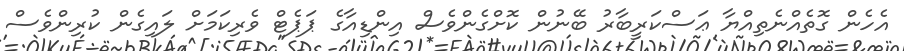
އެހެން ގޮތެއްނެތިއްޔާ ޢަސްކަރީބާރު ބޭނުން ކޮށްގެންވެސް އިންޑިއާގެ ޕަޕެޓް ވެރިކަމަށް ލައިގެން ކުރިންވެސް